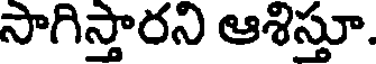
సాగిస్తారని ఆశిస్తూ.